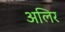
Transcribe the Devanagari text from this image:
अलिर